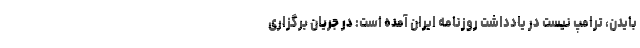
بایدن، ترامپ نیست در یادداشت روزنامه ایران آمده است: در جریان برگزاری